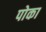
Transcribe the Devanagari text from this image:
पोका